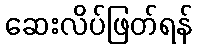
ဆေးလိပ်ဖြတ်ရန်